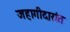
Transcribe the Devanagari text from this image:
जहागीदारांत